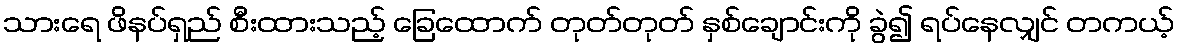
သားရေ ဖိနပ်ရှည် စီးထားသည့် ခြေထောက် တုတ်တုတ် နှစ်ချောင်းကို ခွဲ၍ ရပ်နေလျှင် တကယ့်